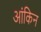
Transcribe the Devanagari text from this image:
आंकिन